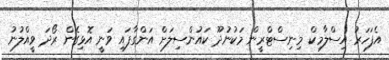
އެފަހަރު އިސްލާމިކް މިނިސްޓްރީން މަކުނުދޫ ކައުންސިލަށް އަންގާފައި ވަނީ އޮޅިގެން ރޯދަ ވީއްލުނު